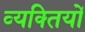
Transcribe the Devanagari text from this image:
व्‍यक्‍ितयों